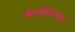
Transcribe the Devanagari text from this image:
केशबीजातक